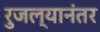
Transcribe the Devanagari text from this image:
रुजल्यानंतर